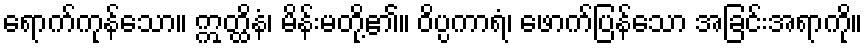
ရောက်ကုန်သော။ ဣတ္ထိနံ၊ မိန်းမတို့၏။ ဝိပ္ပကာရံ၊ ဖောက်ပြန်သော အခြင်းအရာကို။